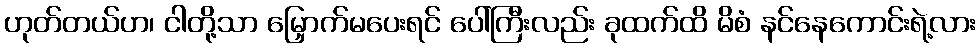
ဟုတ်တယ်ဟ၊ ငါတို့သာ မြှောက်မပေးရင် ပေါ်ကြီးလည်း ခုထက်ထိ မိစံ နင်နေကောင်းရဲ့လား